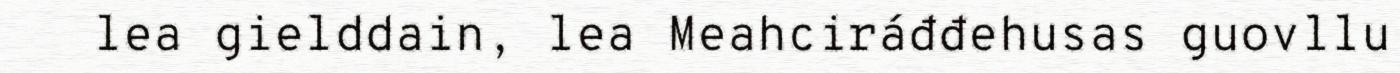
lea gielddain, lea Meahciráđđehusas guovllu